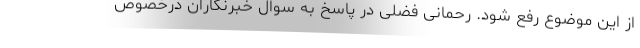
از این موضوع رفع شود. رحمانی فضلی در پاسخ به سوال خبرنگاران درخصوص